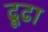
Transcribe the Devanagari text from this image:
ढ़ूढा